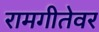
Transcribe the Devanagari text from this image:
रामगीतेवर